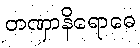
တဏှာနိရောဓေ